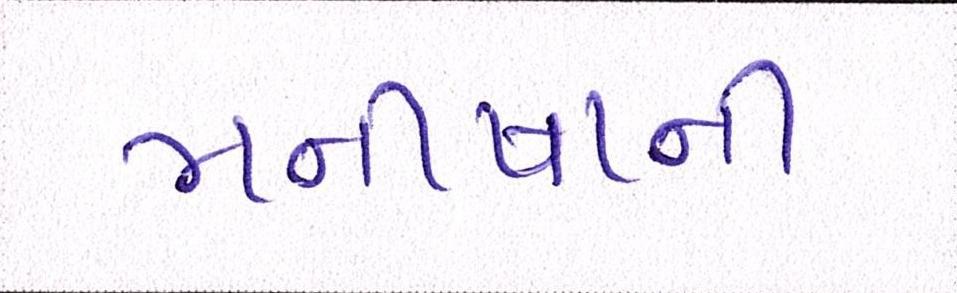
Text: મનીષાની